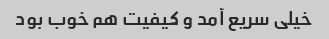
خیلی سریع آمد و کیفیت هم خوب بود